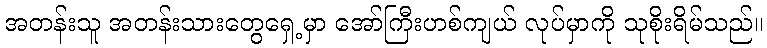
အတန်းသူ အတန်းသားတွေရှေ့မှာ အော်ကြီးဟစ်ကျယ် လုပ်မှာကို သုစိုးရိမ်သည်။